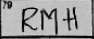
Transcription: RMH